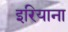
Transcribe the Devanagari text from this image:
इरियाना